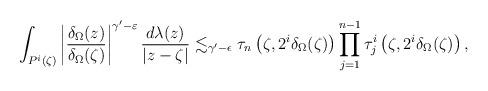
LaTeX: \begin{align*}\int_{P^{i}(\zeta)}\left|\frac{\delta_{\Omega}(z)}{\delta_{\Omega}(\zeta)}\right|^{\gamma'-\varepsilon}\frac{d\lambda(z)}{\left|z-\zeta\right|}\lesssim_{\gamma'-\epsilon}\tau_{n}\left(\zeta,2^{i}\delta_{\Omega}(\zeta)\right)\prod_{j=1}^{n-1}\tau_{j}^{i}\left(\zeta,2^{i}\delta_{\Omega}(\zeta)\right),\end{align*}